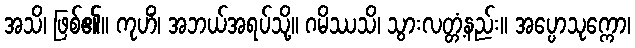
အသိ၊ ဖြစ်၏။ ကုဟိံ၊ အဘယ်အရပ်သို့။ ဂမိဿသိ၊ သွားလတ္တံ့နည်း။ အပ္ပောသုက္ကော၊